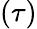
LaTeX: (\tau)